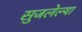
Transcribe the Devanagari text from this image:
सुजलेल्या